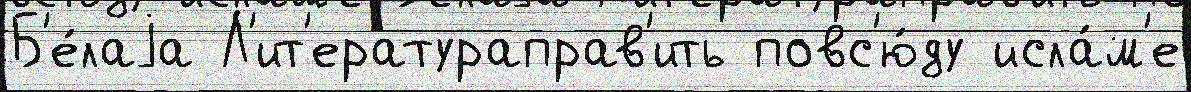
Б'е́лаjа Л'ит'ератураправ'ить повс'ю́ду исла́м'е